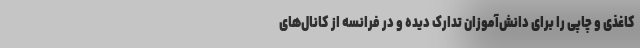
کاغذی و چاپی را برای دانش‌آموزان تدارک دیده و در فرانسه از کانال‌های